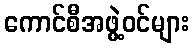
ကောင်စီအဖွဲ့ဝင်များ